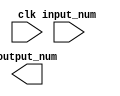
module fixed_point_square_root (
    input clk,
    input [15:0] input_num,
    output reg [15:0] output_num
);

reg [15:0] input_reg;
reg [15:0] square_root_calc;

always @(posedge clk) begin
    input_reg <= input_num;
    
    // Square root calculation block
    // Implement arithmetic operations here
    
    square_root_calc <= // Calculation result
    
    output_num <= square_root_calc;
end

endmodule